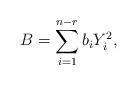
LaTeX: \begin{align*}B=\sum_{i=1}^{n-r}b_iY_i^2,\end{align*}